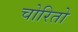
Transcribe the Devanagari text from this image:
चोरितो